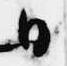
日